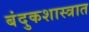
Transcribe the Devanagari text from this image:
बंदुकशास्त्रात